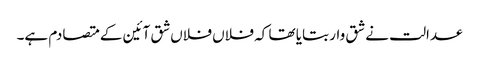
عدالت نے شق وار بتایا تھا کہ فلاں فلاں شق آئین کے متصادم ہے۔